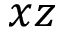
x z